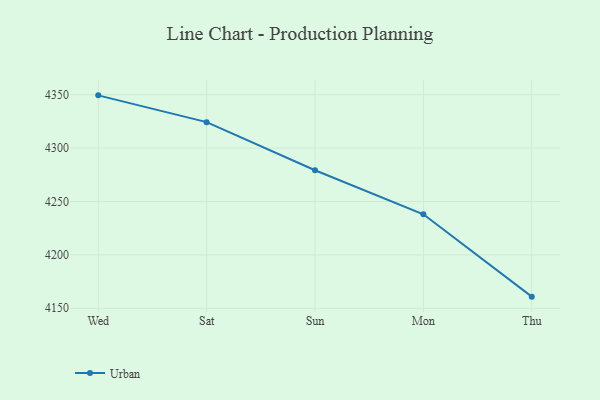
{"axis": {"x": "Day", "y": "Production Output"}, "legend": ["Urban"], "data": [{"x": "Wed", "y": 4349.4, "type": "Urban"}, {"x": "Sat", "y": 4324.3, "type": "Urban"}, {"x": "Sun", "y": 4279.3, "type": "Urban"}, {"x": "Mon", "y": 4238.0, "type": "Urban"}, {"x": "Thu", "y": 4160.9, "type": "Urban"}]}